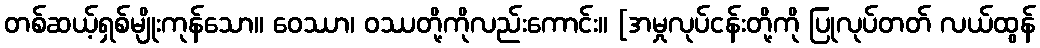
တစ်ဆယ့်ရှစ်မျိုးကုန်သော။ ဝေဿာ၊ ဝဿတို့ကိုလည်းကောင်း။ [အမှုလုပ်ငန်းတို့ကို ပြုလုပ်တတ် လယ်ထွန်